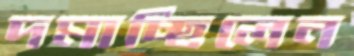
দমাচ্ছিলেন